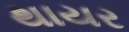
થાયર